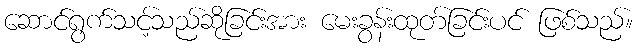
ဆောင်ရွက်သင့်သည်ဆိုခြင်းအား မေးခွန်းထုတ်ခြင်းပင် ဖြစ်သည်။